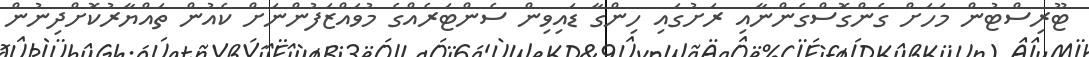
ޓޫރިސްޓުން މަހަށް ގެންގޮސްގެންނާއި ރަށުގައި ހިންގާ ޑައިވިން ސެންޓަރެއްގެ މުވައްޒަފުންނަށް ކެއުން ތައްޔާރުކޮށްދިނުން